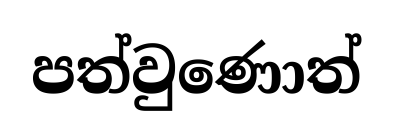
පත්වුණොත්